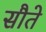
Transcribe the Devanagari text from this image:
सौते